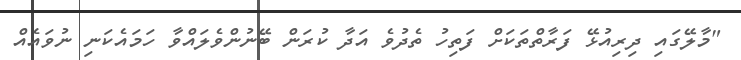
"މާލޭގައި ދިރިއުޅޭ ފަރާތްތަކަށް ފަތިހު ތެދުވެ އަދާ ކުރަން ބޭނުންވެލައްވާ ހަމައެކަނި ނުވައެއް